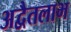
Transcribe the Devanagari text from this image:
अद्वैतलाभ